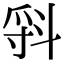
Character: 𣁷